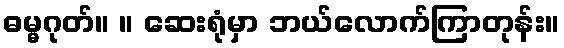
ဓမ္မဂုတ်။ ။ ဆေးရုံမှာ ဘယ်လောက်ကြာတုန်း။